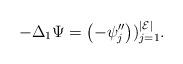
LaTeX: \begin{align*}-\Delta_1\Psi = \left(-\psi_j''\right))_{j=1}^{|\mathcal{E}|}.\end{align*}